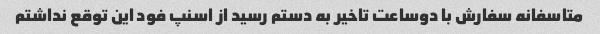
متاسفانه سفارش با دوساعت تاخیر به دستم رسید از اسنپ فود این توقع نداشتم